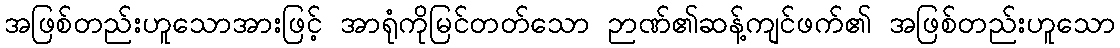
အဖြစ်တည်းဟူသောအားဖြင့် အာရုံကိုမြင်တတ်သော ဉာဏ်၏ဆန့်ကျင်ဖက်၏ အဖြစ်တည်းဟူသော